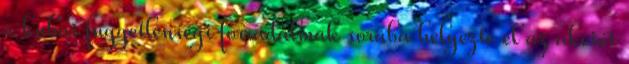
a kubai függetlenségi forradalmak sorába helyezte el az akciót